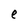
Character: e